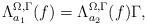
LaTeX: \begin{align*}\Lambda_{a_1}^{\Omega,\Gamma}(f)=\Lambda_{a_2}^{\Omega,\Gamma}(f) \Gamma,\end{align*}